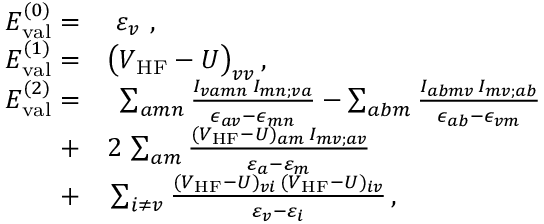
\begin{array} { r l } { E _ { \mathrm { v a l } } ^ { ( 0 ) } = } & { { } \ \varepsilon _ { v } \ , } \\ { E _ { \mathrm { v a l } } ^ { ( 1 ) } = } & { { } \big ( V _ { \mathrm { H F } } - U \big ) _ { v v } \, , } \\ { E _ { \mathrm { v a l } } ^ { ( 2 ) } = } & { { } \ \sum _ { a m n } \frac { I _ { v a m n } \, I _ { m n ; v a } } { \epsilon _ { a v } - \epsilon _ { m n } } - \sum _ { a b m } \frac { I _ { a b m v } \, I _ { m v ; a b } } { \epsilon _ { a b } - \epsilon _ { v m } } } \\ { + } & { { } 2 \, \sum _ { a m } \frac { ( V _ { \mathrm { H F } } - U ) _ { a m } \, I _ { m v ; a v } } { \varepsilon _ { a } - \varepsilon _ { m } } } \\ { + } & { { } \sum _ { i \neq v } \frac { ( V _ { \mathrm { H F } } - U ) _ { v i } \, ( V _ { \mathrm { H F } } - U ) _ { i v } } { \varepsilon _ { v } - \varepsilon _ { i } } \, , } \end{array}